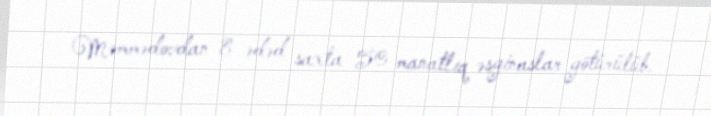
Məmmədovdan 8 ədəd saxta 50 manatlıq əsginaslar götürülüb.